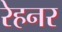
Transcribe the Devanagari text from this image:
रेहनर